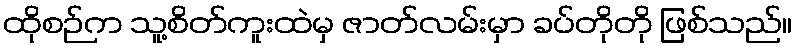
ထိုစဉ်က သူ့စိတ်ကူးထဲမှ ဇာတ်လမ်းမှာ ခပ်တိုတို ဖြစ်သည်။